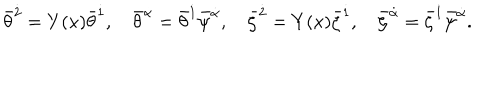
{ \bar { \theta } } ^ { \dot { 2 } } = Y ( x ) { \bar { \theta } } ^ { \dot { 1 } } , \quad { \bar { \theta } } ^ { \dot { \alpha } } = { \bar { \theta } } ^ { \dot { 1 } } { \bar { \psi } } ^ { \dot { \alpha } } , \quad { \bar { \zeta } } ^ { \dot { 2 } } = Y ( x ) { \bar { \zeta } } ^ { \dot { 1 } } , \quad { \bar { \zeta } } ^ { \dot { \alpha } } = { \bar { \zeta } } ^ { \dot { 1 } } { \bar { \psi } } ^ { \dot { \alpha } } .